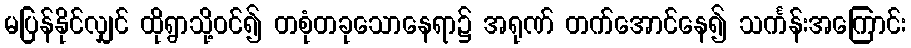
မပြန်နိုင်လျှင် ထိုရွာသို့ဝင်၍ တစုံတခုသောနေရာ၌ အရုဏ် တက်အောင်နေ၍ သင်္ကန်းအကြောင်း